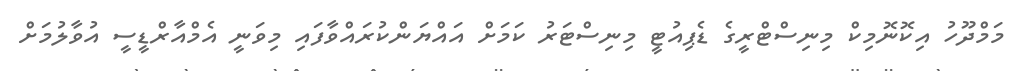
މަމްދޫހު އިކޮނޮމިކް މިނިސްޓްރީގެ ޑެޕިއުޓީ މިނިސްޓަރު ކަމަށް އައްޔަންކުރައްވާފައި މިވަނީ އެމްއާރްޑީސީ އުވާލުމަށް